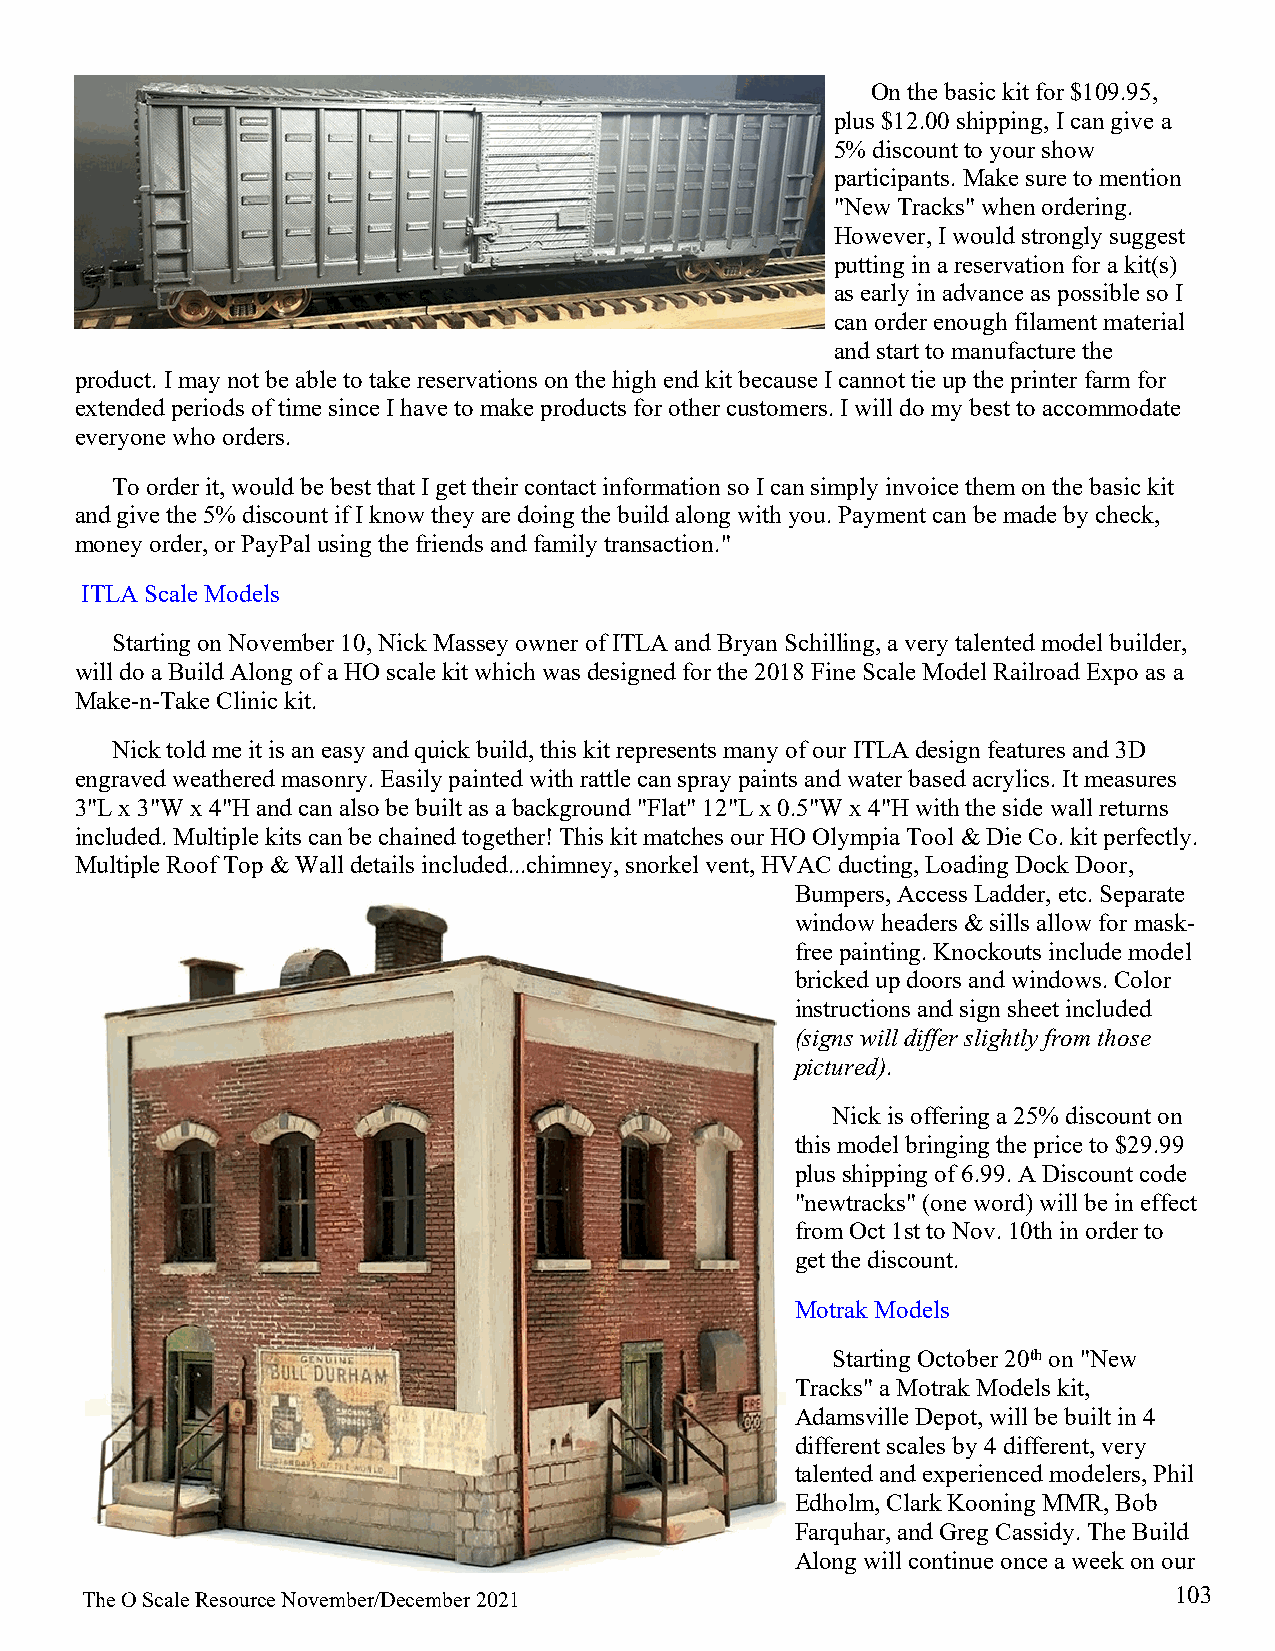
On the basic kit for $109.95,
 plus $12.00 shipping, I can give a
 5% discount to your show
 participants. Make sure to mention
 "New Tracks" when ordering.
 However, I would strongly suggest
 putting in a reservation for a kit(s)
 as early in advance as possibleso I
 can order enough filament material
 and start to manufacture the
 product. I may not be able to take reservations on the high end kit because I cannot tie up the printer farm for
 extended periods of time since I have to make products for other customers. I will do my best to accommodate
 everyone who orders.
 To order it, would be best that I get their contact information so I can simply invoice them on the basic kit
 and give the 5% discount if I know they are doing the build along with you. Payment can be made by check,
 money order, or PayPal using the friends and family transaction."
 ITLA Scale Models
 Starting on November 10, Nick Massey owner of ITLA and Bryan Schilling, a very talented model builder,
 will do a Build Along of a HO scale kit which was designed for the 2018 Fine Scale Model Railroad Expo as a
 Make-n-Take Clinic kit.
 Nick told me it is an easy and quick build, this kit represents many of our ITLA design features and 3D
 engraved weathered masonry. Easily painted with rattle can spray paints and water based acrylics. It measures
 3"L x 3"W x 4"H and can also be built as a background "Flat" 12"L x 0.5"W x 4"H with the side wall returns
 included. Multiple kits can be chained together! This kit matches our HO Olympia Tool & Die Co. kit perfectly.
 Multiple Roof Top & Wall details included...chimney, snorkel vent, HVAC ducting, Loading Dock Door,
 Bumpers, Access Ladder, etc. Separate
 window headers & sills allow for mask-
 free painting. Knockouts include model
 bricked up doors and windows. Color
 instructions and sign sheet included
 (signs will differ slightly from those
 pictured).
 Nick is offering a 25% discount on
 this model bringing the price to $29.99
 plus shipping of 6.99. A Discount code
 "newtracks" (one word) will be in effect
 from Oct 1st to Nov. 10th in order to
 get the discount.
 Motrak Models
 Starting October 20th on "New
 Tracks" a Motrak Models kit,
 Adamsville Depot, will be built in 4
 different scales by 4 different, very
 talented and experienced modelers, Phil
 Edholm, Clark Kooning MMR, Bob
 Farquhar, and Greg Cassidy. The Build
 Along will continue once a week on our
 103
 The O Scale Resource November/December 2021